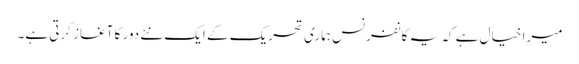
میرا خیال ہے کہ یہ کانفرنس ہماری تحریک کے ایک نئے دور کا آغاز کرتی ہے۔